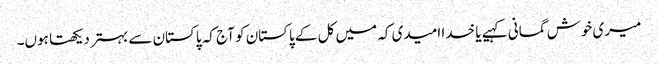
میری خوش گمانی کہیے یا خدا امیدی کہ میں کل کے پاکستان کو آج کہ پاکستان سے بہتر دیکھتا ہوں۔